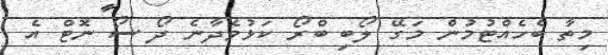
މިތާ ބެހެއްޓުމުން މަގޭ ލޯބި ބްރޯ ކަޅުވެދާނެ ދޯ ސޯ ނޮޓް އެ